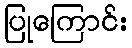
ပြုကြောင်း